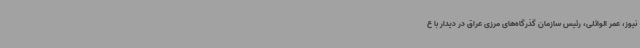
نیوز، عمر الوائلی، رئیس سازمان گذرگاه‌های مرزی عراق در دیدار با ع